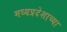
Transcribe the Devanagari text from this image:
मध्यप्रदेशाच्या